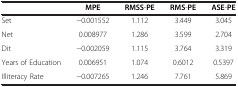
<table><thead><tr><td><b> </b></td><td><b>MPE</b></td><td><b>RMSS-PE</b></td><td><b>RMS-PE</b></td><td><b>ASE-PE</b></td></tr></thead><tbody><tr><td>Set</td><td>-0.001552</td><td>1.112</td><td>3.449</td><td>3.045</td></tr><tr><td>Net</td><td>0.008977</td><td>1.286</td><td>3.599</td><td>2.704</td></tr><tr><td>Dit</td><td>-0.002059</td><td>1.115</td><td>3.764</td><td>3.319</td></tr><tr><td>Years of Education</td><td>0.006951</td><td>1.074</td><td>0.6012</td><td>0.5397</td></tr><tr><td>Illiteracy Rate</td><td>-0.007265</td><td>1.246</td><td>7.761</td><td>5.869</td></tr></tbody></table>